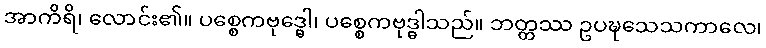
အာကိရိ၊ လောင်း၏။ ပစ္စေကဗုဒ္ဓေါ၊ ပစ္စေကဗုဒ္ဓါသည်။ ဘတ္တဿ ဥပဍ္ဎသေသကာလေ၊